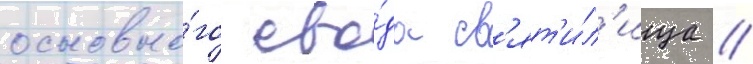
основно́го сво́да св'ят'и́л'ища //